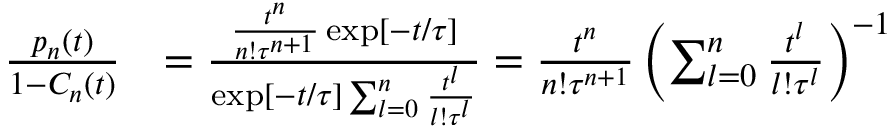
\begin{array} { r l } { \frac { p _ { n } ( t ) } { 1 - C _ { n } ( t ) } } & { = \frac { \frac { t ^ { n } } { n ! \tau ^ { n + 1 } } \exp [ - t / \tau ] } { \exp [ - t / \tau ] \sum _ { l = 0 } ^ { n } \frac { t ^ { l } } { l ! \tau ^ { l } } } = \frac { t ^ { n } } { n ! \tau ^ { n + 1 } } \left( \sum _ { l = 0 } ^ { n } \frac { t ^ { l } } { l ! \tau ^ { l } } \right) ^ { - 1 } } \end{array}